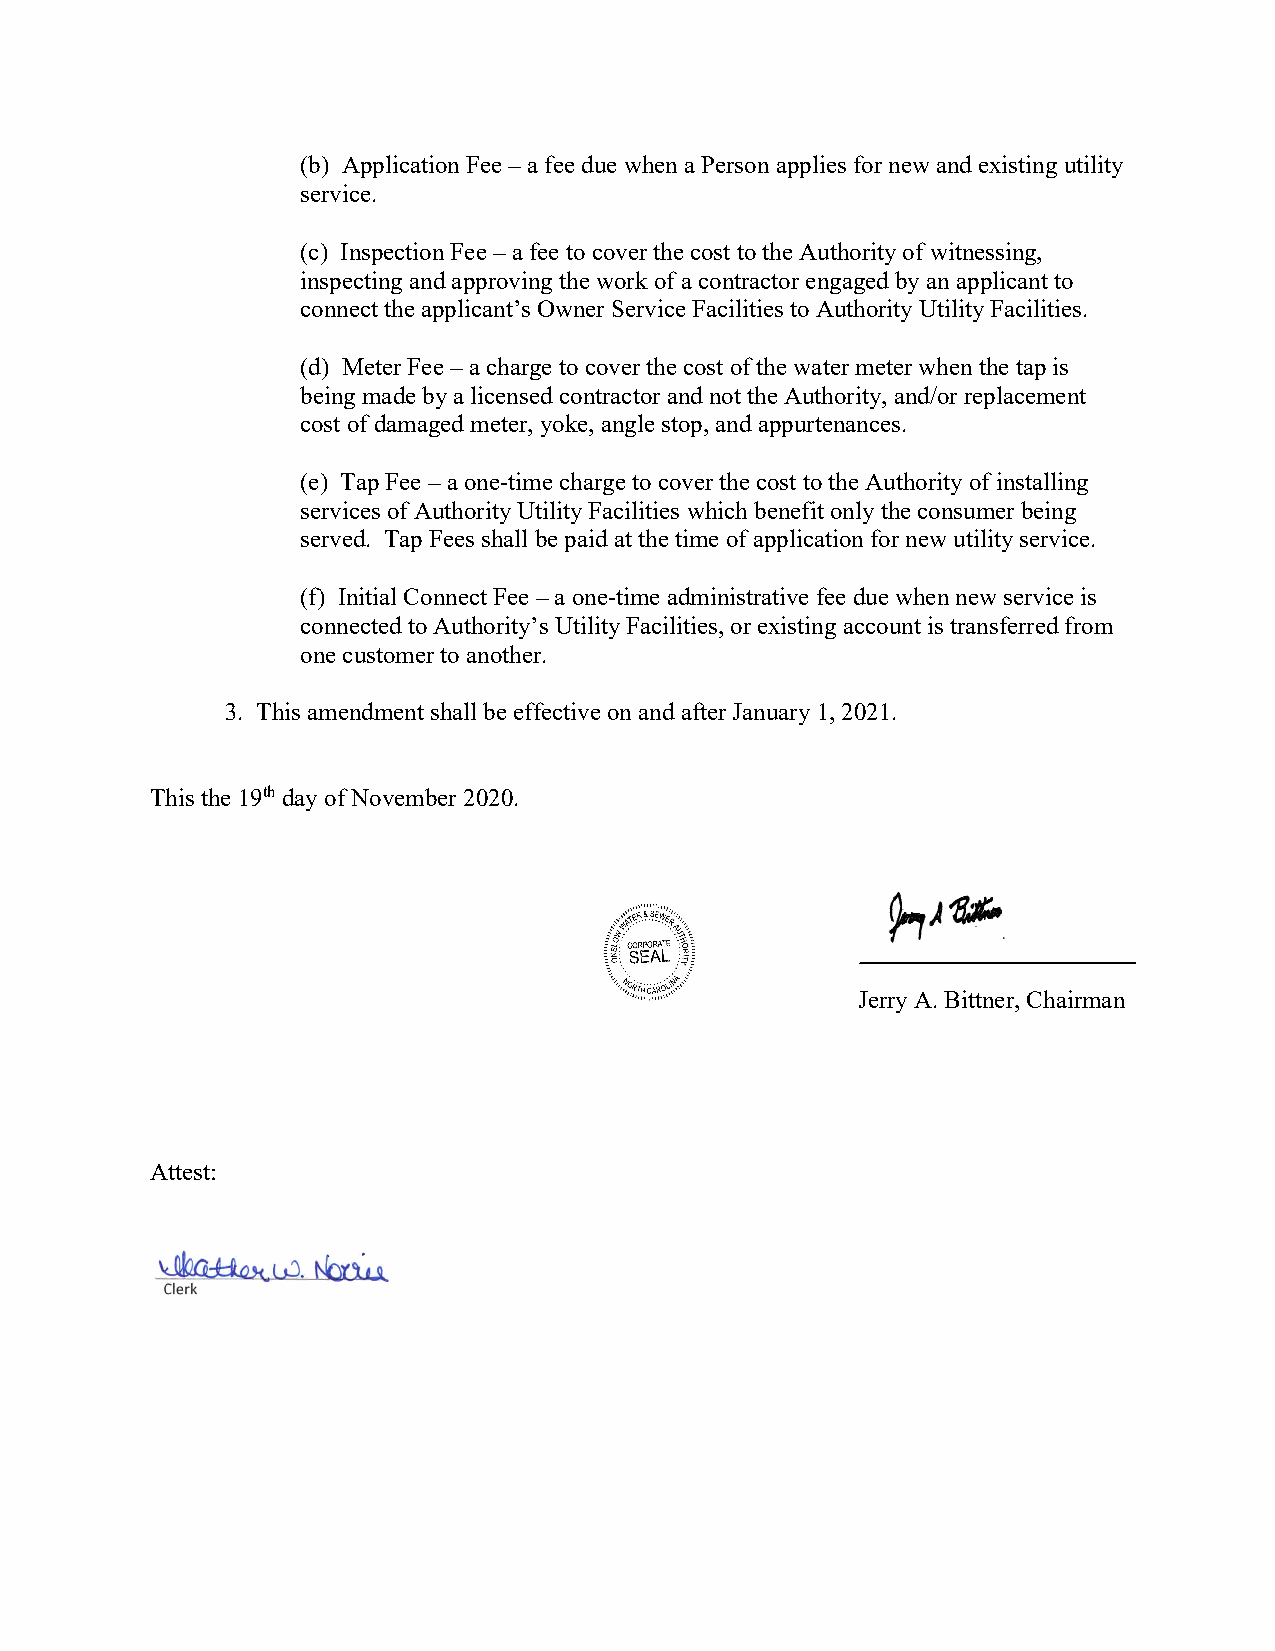
(b) Application Fee – a fee due when a Person applies for new and existing utility
 service.
 (c) Inspection Fee – a fee to cover the cost to the Authority of witnessing,
 inspecting and approving the work of a contractor engaged by an applicant to
 connect the applicant’s Owner Service Facilities to Authority Utility Facilities.
 (d) Meter Fee – a charge to cover the cost of the water meter when the tap is
 being made by a licensed contractor and not the Authority, and/or replacement
 cost of damaged meter, yoke, angle stop, and appurtenances.
 (e) Tap Fee – a one-time charge to cover the cost to the Authority of installing
 services of Authority Utility Facilities which benefit only the consumer being
 served. Tap Fees shall be paid at the time of application for new utility service.
 (f) Initial Connect Fee – a one-time administrative fee due when new service is
 connected to Authority’s Utility Facilities, or existing account is transferred from
 one customer to another.
 3. This amendment shall be effective on and after January 1, 2021.
 This the 19th day of November 2020.
 Jerry A. Bittner, Chairman
 Attest: